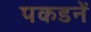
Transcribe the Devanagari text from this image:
पकडनें